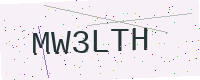
Text: MW3LTH